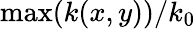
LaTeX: \operatorname*{max}(k(x,y))/k_{0}